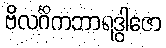
ဗိလင်္ဂိကဘာရဒွါဇော